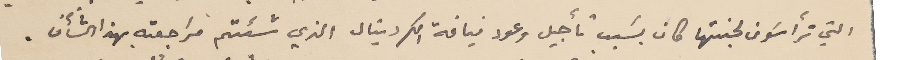
التي ترأسَون لجنتها كان بسَبب تأجيل وعود نيافة الكردينال الذي شئتم مراجعته بهذا الشأن.